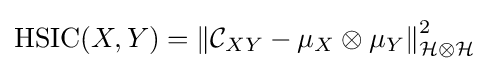
{\text{HSIC}}(X,Y)=\left\|{\mathcal {C}}_{XY}-\mu _{X}\otimes \mu _{Y}\right\|_{{\mathcal {H}}\otimes {\mathcal {H}}}^{2}